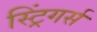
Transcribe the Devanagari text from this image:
स्ट्रिंगर्स